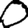
Digit: 0